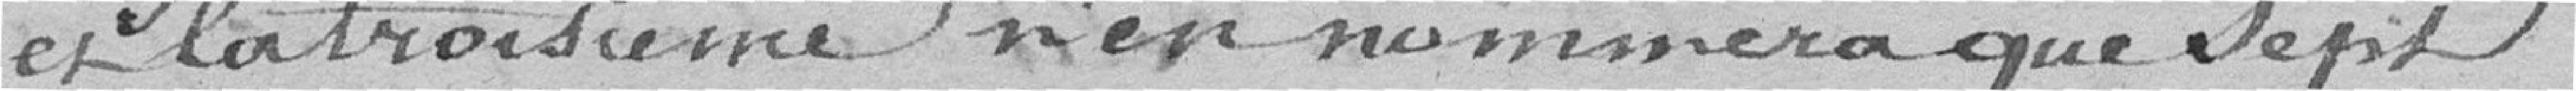
et la troisième n'en nommera que sept.